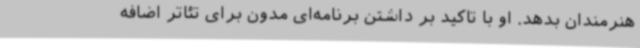
هنرمندان بدهد. او با تاکید بر داشتن برنامه‌ای مدون برای تئاتر اضافه